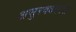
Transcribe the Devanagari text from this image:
असुरवधकारी